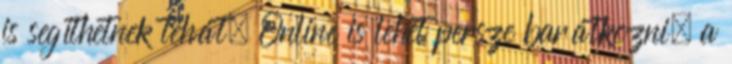
is segíthetnek tehát. Online is lehet persze barátkozni, a